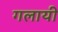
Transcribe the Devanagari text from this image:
गलायी